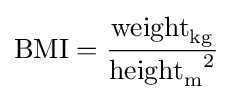
\mathrm {BMI} ={\frac {{\text{weight}}_{\text{kg}}}{{{\text{height}}_{\text{m}}}^{2}}}